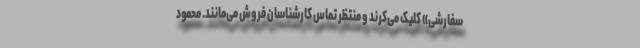
سفارشی» کلیک می‌کرند و منتظر تماس کارشناسان فروش می‌مانند. محمود